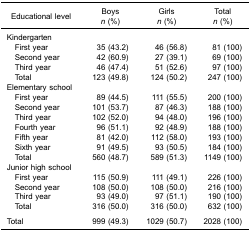
<table><thead><tr><td rowspan="3"><b>Educational level</b></td><td><b>Boys</b></td><td><b>Girls</b></td><td><b>Total</b></td></tr><tr><td><b><i>n</i> (%)</b></td><td><b><i>n</i> (%)</b></td><td><b><i>n</i> (%)</b></td></tr></thead><tbody><tr><td>Kindergarten</td><td> </td><td> </td><td> </td></tr><tr><td> First year</td><td>35 (43.2)</td><td>46 (56.8)</td><td>81 (100)</td></tr><tr><td> Second year</td><td>42 (60.9)</td><td>27 (39.1)</td><td>69 (100)</td></tr><tr><td> Third year</td><td>46 (47.4)</td><td>51 (52.6)</td><td>97 (100)</td></tr><tr><td> Total</td><td>123 (49.8)</td><td>124 (50.2)</td><td>247 (100)</td></tr><tr><td>Elementary school</td><td> </td><td> </td><td> </td></tr><tr><td> First year</td><td>89 (44.5)</td><td>111 (55.5)</td><td>200 (100)</td></tr><tr><td> Second year</td><td>101 (53.7)</td><td>87 (46.3)</td><td>188 (100)</td></tr><tr><td> Third year</td><td>102 (52.0)</td><td>94 (48.0)</td><td>196 (100)</td></tr><tr><td> Fourth year</td><td>96 (51.1)</td><td>92 (48.9)</td><td>188 (100)</td></tr><tr><td> Fifth year</td><td>81 (42.0)</td><td>112 (58.0)</td><td>193 (100)</td></tr><tr><td> Sixth year</td><td>91 (49.5)</td><td>93 (50.5)</td><td>184 (100)</td></tr><tr><td> Total</td><td>560 (48.7)</td><td>589 (51.3)</td><td>1149 (100)</td></tr><tr><td>Junior high school</td><td> </td><td> </td><td> </td></tr><tr><td> First year</td><td>115 (50.9)</td><td>111 (49.1)</td><td>226 (100)</td></tr><tr><td> Second year</td><td>108 (50.0)</td><td>108 (50.0)</td><td>216 (100)</td></tr><tr><td> Third year</td><td>93 (49.0)</td><td>97 (51.1)</td><td>190 (100)</td></tr><tr><td> Total</td><td>316 (50.0)</td><td>316 (50.0)</td><td>632 (100)</td></tr><tr><td colspan="4"> </td></tr><tr><td>Total</td><td>999 (49.3)</td><td>1029 (50.7)</td><td>2028 (100)</td></tr></tbody></table>